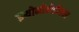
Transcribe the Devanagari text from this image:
इथोनोमेडीकल